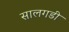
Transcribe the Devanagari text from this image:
सालगडी